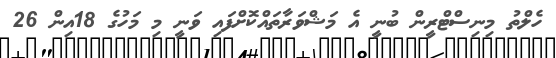
ހެލްތު މިނިސްޓްރީން ބުނީ އެ މަޝްވަރާތައްކޮށްފައި ވަނީ މި މަހުގެ 18އިން 26